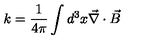
k = \frac { 1 } { 4 \pi } \int d ^ { 3 } x \vec { \nabla } \cdot \vec { B }